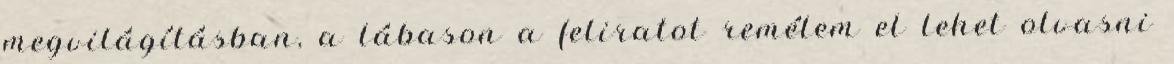
megvilágításban, a lábason a feliratot remélem el lehet olvasni